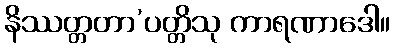
နိဿတ္တတာ’ပတ္တိသု ကာရဏာဒေါ။